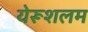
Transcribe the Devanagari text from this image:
येरूशलम